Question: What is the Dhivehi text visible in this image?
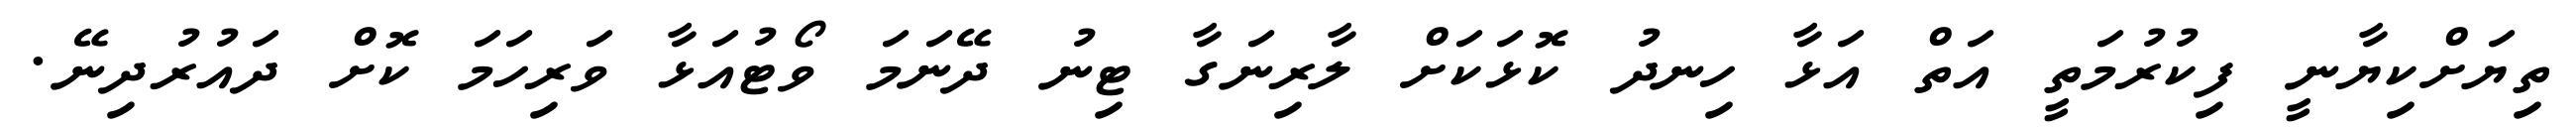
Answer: ތިޔަށްކިޔާނީ ފިކުރުމަތީ އަތް އަޅާ ހިނދު ކޮޅަކަށް ލާރިނަގާ ޓިނު ދޭނަމަ ވޯޓުއަޅާ ވަރިހަމަ ކޮށް ދައުރުދިނޭ.